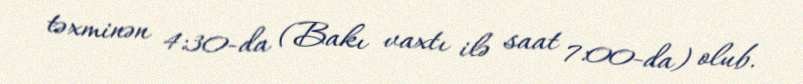
təxminən 4:30-da (Bakı vaxtı ilə saat 7:00-da) olub.